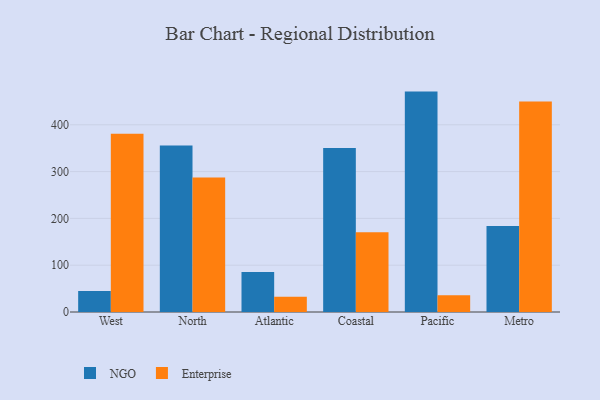
{"axis": {"x": "Region", "y": "Backlog"}, "legend": ["Enterprise", "NGO"], "data": [{"x": "West", "y": 44.9, "type": "NGO"}, {"x": "West", "y": 380.8, "type": "Enterprise"}, {"x": "North", "y": 355.5, "type": "NGO"}, {"x": "North", "y": 287.5, "type": "Enterprise"}, {"x": "Atlantic", "y": 85.6, "type": "NGO"}, {"x": "Atlantic", "y": 32.5, "type": "Enterprise"}, {"x": "Coastal", "y": 350.3, "type": "NGO"}, {"x": "Coastal", "y": 170.5, "type": "Enterprise"}, {"x": "Pacific", "y": 470.9, "type": "NGO"}, {"x": "Pacific", "y": 35.8, "type": "Enterprise"}, {"x": "Metro", "y": 183.6, "type": "NGO"}, {"x": "Metro", "y": 449.8, "type": "Enterprise"}]}